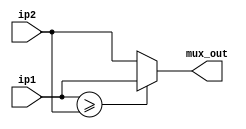
`timescale 1ns / 1ps

module comparator2(
    input 		[15:0] 	ip1,
    input 		[15:0] 	ip2,

    output		[15:0]	mux_out
    );

assign mux_out = ($signed(ip1)>=$signed(ip2))?ip1:ip2;
endmodule